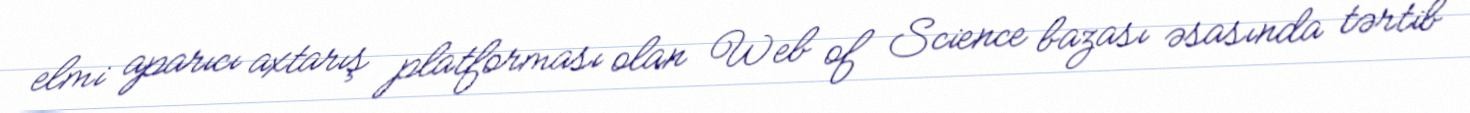
elmi aparıcı axtarış platforması olan Web of Science bazası əsasında tərtib